Lunatic asylums in Bengal annual reports 1899-1911 - 1899-1911
Year: 1899
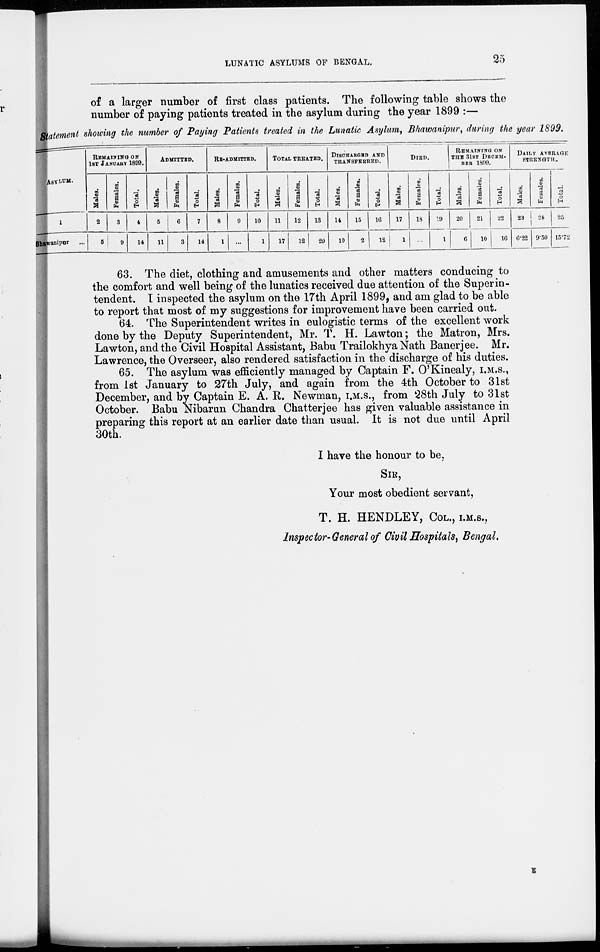
LUNATIC ASYLUMS OF BENGAL.
25
of a larger number of first class patients. The following table shows the
number of paying patients treated in the asylum during the year 1899 :—
Statement showing the number of Paying Patients treated in the Lunatic Asylum, Bhawanipur, during the year 1899.
ASYLUM.
1
Bhawanipur
...
REMAINING ON
1ST JANUARY 1899.
Males.
2
5
Females.
3
9
Total.
4
14
ADMITTED.
Males.
5
11
Females.
6
3
Total.
7
14
RE-ADMITTED.
Males.
8
1
Females.
9
...
Total.
10
1
TOTAL TREATED.
Males.
11
17
Females.
12
12
Total.
13
29
DISCHARGED AND
TRANSFERRED.
Males.
14
10
Females.
15
2
Total.
16
12
DIED.
Males.
17
1
Females.
18
...
Total.
19
1
REMAINING ON
THE 31ST DECEM-
BER 1899.
Males.
20
6
Females.
21
10
Total.
22
16
DAILY AVERAGE
STRENGTH.
Males.
23
6.22
Females.
24
9.50
Total.
25
15.72
63. The diet, clothing and amusements and other matters conducing to
the comfort and well being of the lunatics received due attention of the Superin-
tendent. I inspected the asylum on the 17th April 1899, and am glad to be able
to report that most of my suggestions for improvement have been carried out.
64. The Superintendent writes in eulogistic terms of the excellent work
done by the Deputy Superintendent, Mr. T. H. Lawton; the Matron, Mrs.
Lawton, and the Civil Hospital Assistant, Babu Trailokhya Nath Banerjee. Mr,
Lawrence, the Overseer, also rendered satisfaction in the discharge of his duties.
65. The asylum was efficiently managed by Captain F. O'Kinealy, I.M.S.,
from 1st January to 27th July, and again from the 4th October to 31st
December, and by Captain E. A. R. Newman, I.M.S., from 28th July to 31st
October. Babu Nibarun Chandra Chatterjee has given valuable assistance in
preparing this report at an earlier date than usual. It is not due until April
30th.
I have the honour to be,
SIR,
Your most obedient servant,
T. H. HENDLEY, COL., I.M.S.,
Inspector-General of Civil Hospitals, Bengal.
E